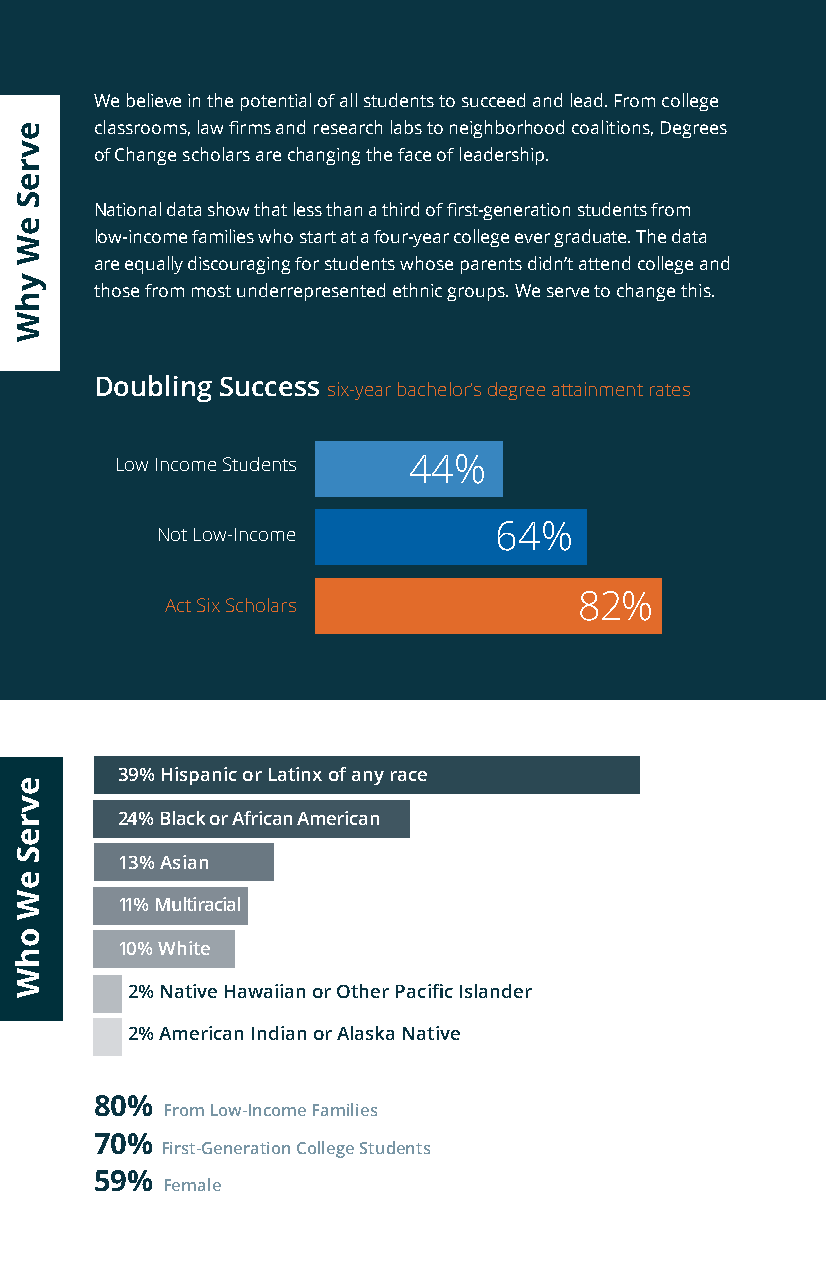
We believe in the potential of all students to succeed and lead. From college
 classrooms, law firms and research labs to neighborhood coalitions, Degrees
 of Change scholars are changing the face of leadership.
 National data show that less than a third of first-generation students from
 low-income families who start at a four-year college ever graduate. The data
 are equally discouraging for students whose parents didn’t attend college and
 those from most underrepresented ethnic groups. We serve to change this.
 Doubling Success six-year bachelor’s degree attainment rates
 Low Income Students 44%
 64%
 Not Low-Income
 82%
 Act Six Scholars
 39% Hispanic or Latinx of any race
 24% Black or African American
 13% Asian
 11% Multiracial
 10% White
 2% Native Hawaiian or Other Pacific Islander
 2% American Indian or Alaska Native
 80%
 From Low-Income Families
 70%
 First-Generation College Students
 59%
 Female
 evreS
 eW
 yhW
 evreS
 eW
 ohW